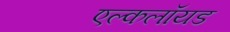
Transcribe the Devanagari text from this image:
एल्कलॉयड